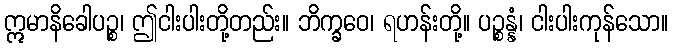
ဣမာနိခေါပဉ္စ၊ ဤငါးပါးတို့တည်း။ ဘိက္ခဝေ၊ ရဟန်းတို့။ ပဉ္စန္နံ၊ ငါးပါးကုန်သော။